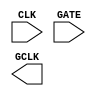
module sky130_fd_sc_hs__dlclkp (
    //# {{clocks|Clocking}}
    input  CLK ,
    input  GATE,
    output GCLK
);

    // Voltage supply signals
    supply1 VPWR;
    supply0 VGND;

endmodule